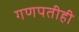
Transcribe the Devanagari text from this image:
गणपतीही